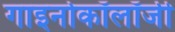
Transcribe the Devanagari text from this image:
गाइनोकॉलॉजी